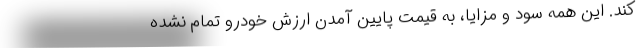
کند. این همه سود و مزایا، به قیمت پایین‌ آمدن ارزش خودرو تمام نشده